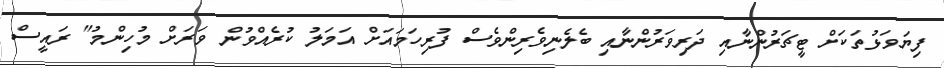
ފިޔަވަޅުތަކަށް ޓީޗަރުންނާއި ދަރިވަރުންނާއި ބެލެނިވެރިންވެސް ފުރިހަމައަށް އަމަލު ކުރެއްވުން ވަރަށް މުހިންމު" ރައީސް